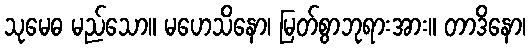
သုမေဓ မည်သော။ မဟေသိနော၊ မြတ်စွာဘုရားအား။ တာဒိနော၊